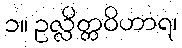
၁။ ဥလ္လိတ္တဝိဟာရ၊